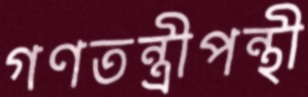
গণতন্ত্রীপন্থী